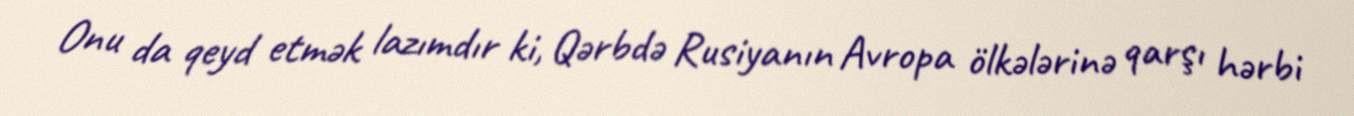
Onu da qeyd etmək lazımdır ki, Qərbdə Rusiyanın Avropa ölkələrinə qarşı hərbi